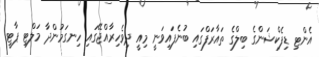
އެންޓި ޑިފެކްޝަންގެ ބިލްގެ ތައާރަފްގައި ބުނެފައިވަނީ މިއީ ދިވެހިރާއްޖޭގައި ހިނގަމުންދާ މަލްޓި ޕާޓީ